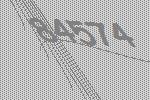
84574